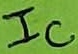
Text: IC